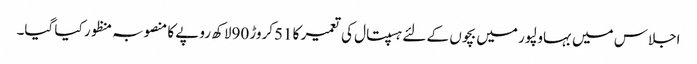
اجلاس میں بہاولپور میں بچوں کے لئے ہسپتال کی تعمیر کا 51کروڑ 90لاکھ روپے کا منصوبہ منظور کیا گیا۔